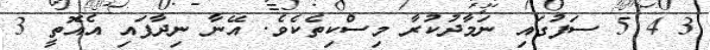
3 4 5 ސަފުގައި ނަމާދުކުރާ މިސްކިތެކެވެ. އޭނާ ނިދާފައި އެއޮތީ 3